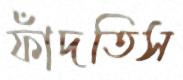
ফাঁদতিস